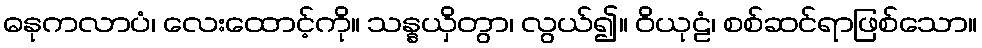
ဓနုကလာပံ၊ လေးထောင့်ကို။ သန္နယှိတွာ၊ လွယ်၍။ ဝိယုဠံ၊ စစ်ဆင်ရာဖြစ်သော။